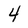
Character: 4